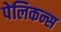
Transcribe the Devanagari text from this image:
पेलिकन्स